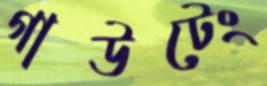
গাউটেং